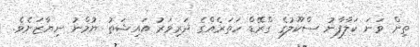
ތިން ވަނަ ކަލާފާނު ސްކޫލުގެ ގްރޭޑް ހަތަރެއްގެ ދަރިވަރު އައިޝަތު ޔުމްނު ނިޔާޒަށެވެ.